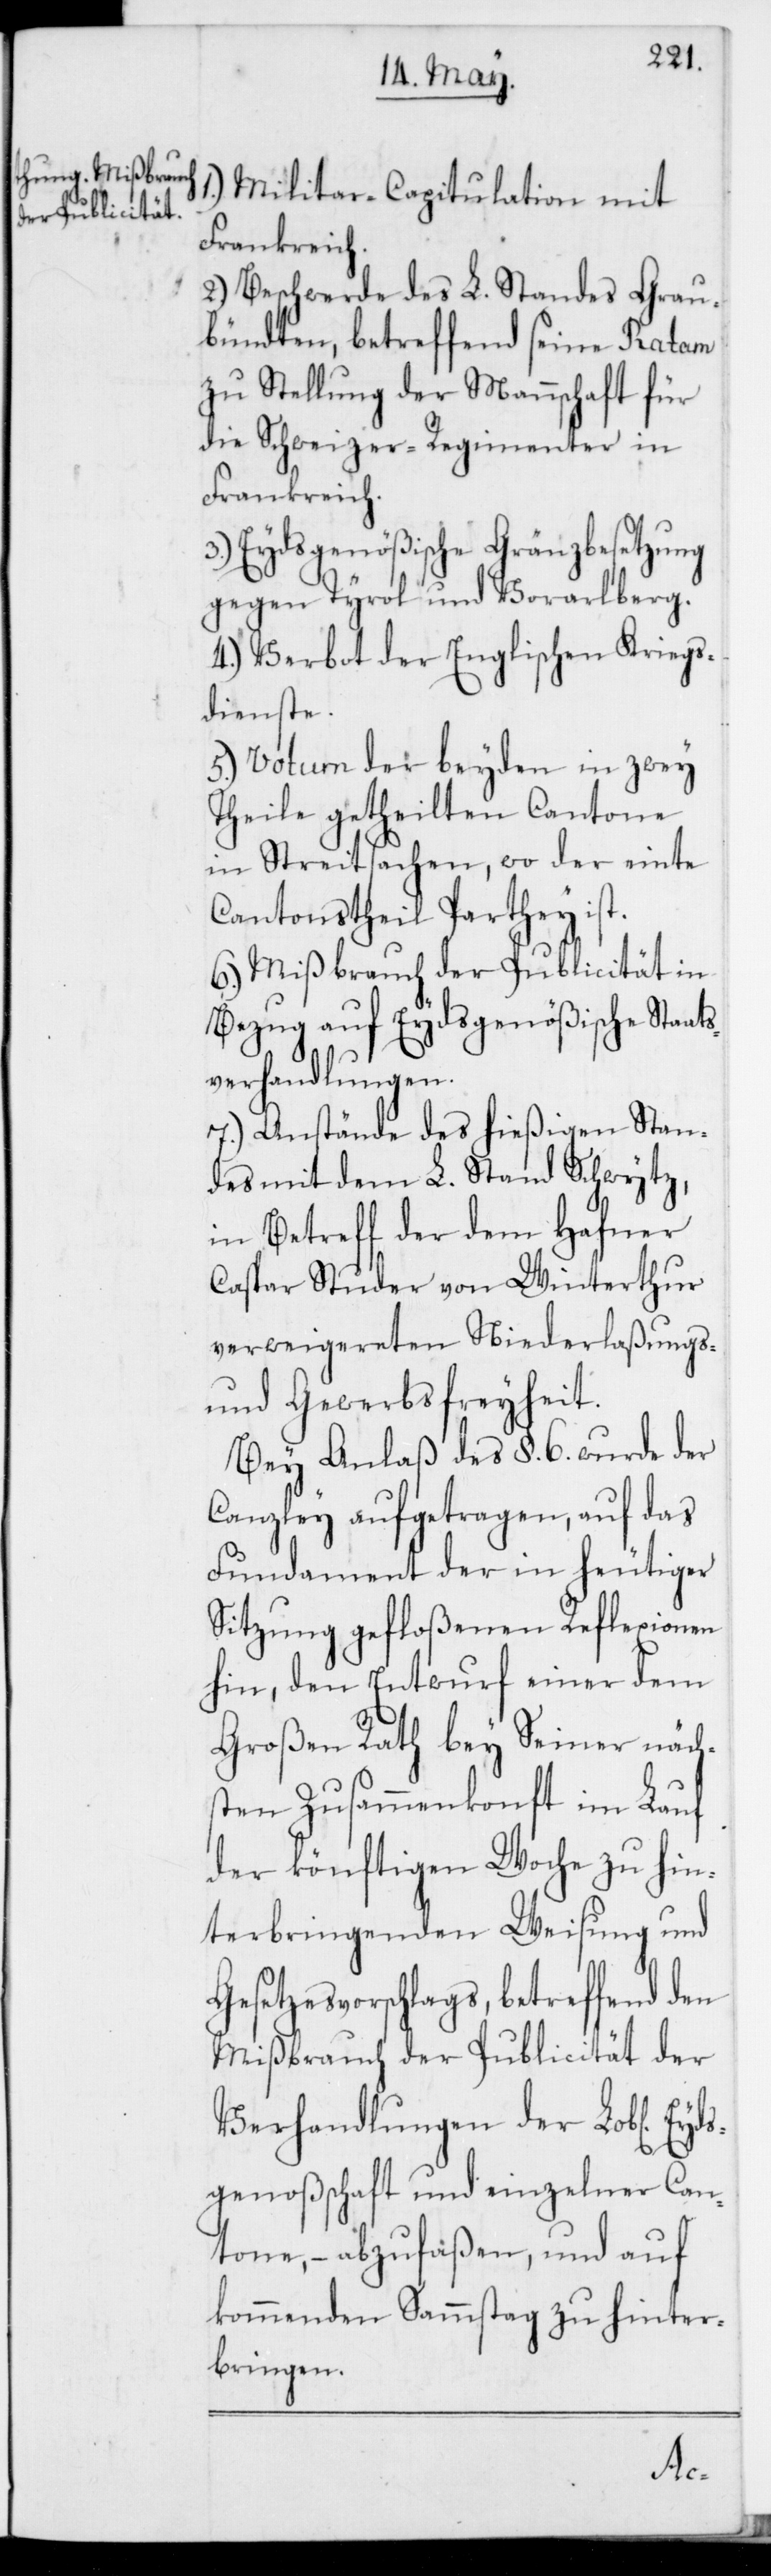
Militair-Capitulation mit
Frankreich.
2.) Beschwerde des L. Standes Grau¬
bündten, betreffend seine Ratam
zu Stellung der Mannschaft für
die Schweizer-Regimenter in
Frankreich.
3.) Eydsgenößische Gränzbesetzung
gegen Tyrol und Vorarlberg.
4.) Verbot der Englischen Kriegs¬
dienste.
5.) Votum der beyden in zwey
Theile getheilten Cantone
in Streitsachen, wo der einte
Cantonstheil Parthey ist.
6.) Mißbrauch der Publicität in
Bezug auf Eydsgenößische Staat¬
verhandlungen.
7.) Anstände des hießigen Stan¬
des mit dem L. Stand Schwytz,
in Betreff der dem Hafner
Caspar Studer von Winterthur
verweigereten Niederlaßungs-
und Gewerbsfreyheit.
Bey Anlaß des §. 6. wurde der
Canzley aufgetragen, auf das
Fundament der in heutiger
Sitzung gefloßenen Reflexionen
hin, den Entwurf einer dem
Großen Rath bey Seiner näch¬
sten Zusammenkonft im Lauf
der könftigen Woche zu hin¬
terbringenden Weisung und
Gesetzesvorschlags, betreffend den
Mißbrauch der Publicität der
Verhandlungen der Lobl. Eyds¬
genoßenschaft und einzelner Can¬
tone, – abzufaßen, und auf
kommenden Sammstag zu hinter¬
bringen.
s¬